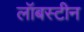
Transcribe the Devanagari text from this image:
लॉबस्टीन